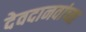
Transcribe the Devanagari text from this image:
देवदानवांच्या